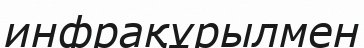
инфрақұрылмен